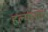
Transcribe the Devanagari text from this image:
हल्यानंतर